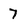
Character: 7